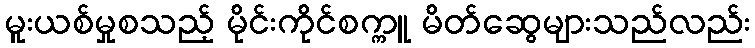
မူးယစ်မှုစသည့် မိုင်းကိုင်စက္ကူ မိတ်ဆွေများသည်လည်း